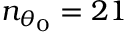
n _ { \theta _ { 0 } } = 2 1